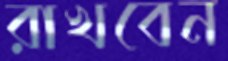
রাখবেন